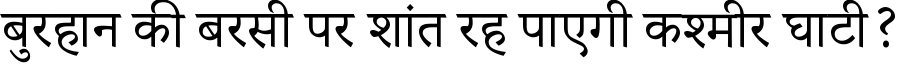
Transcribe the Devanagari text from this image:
बुरहान की बरसी पर शांत रह पाएगी कश्मीर घाटी?